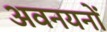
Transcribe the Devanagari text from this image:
अवनयनों